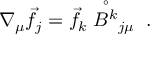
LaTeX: \nabla _ { \mu } \vec { f } _ { j } = \vec { f } _ { k } \stackrel { \circ } { B ^ { k } } _ { j \mu } \; .